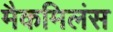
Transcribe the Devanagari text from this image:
मैकमिलंस